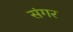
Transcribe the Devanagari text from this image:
संगर